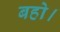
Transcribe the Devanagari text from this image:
बहो।